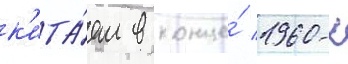
к'ита́ем в конце́ 1960-х